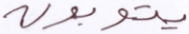
يتوبون